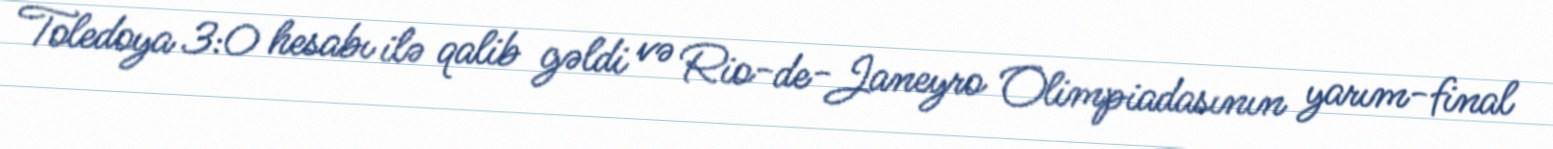
Toledoya 3:0 hesabı ilə qalib gəldi və Rio-de-Janeyro Olimpiadasının yarım-final